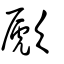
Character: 歋